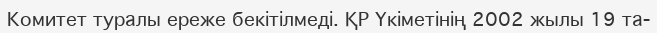
Комитет туралы ереже бекітілмеді. ҚР Үкіметінің 2002 жылы 19 та-